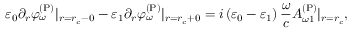
\varepsilon _ { 0 } \partial _ { r } \varphi _ { \omega } ^ { \mathrm { ( P ) } } | _ { r = r _ { c } - 0 } - \varepsilon _ { 1 } \partial _ { r } \varphi _ { \omega } ^ { \mathrm { ( P ) } } | _ { r = r _ { c } + 0 } = i \left( \varepsilon _ { 0 } - \varepsilon _ { 1 } \right) \frac { \omega } { c } A _ { \omega 1 } ^ { \mathrm { ( P ) } } | _ { r = r _ { c } } ,